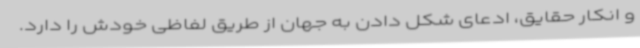
و انکار حقایق، ادعای شکل دادن به جهان از طریق لفاظی خودش را دارد.